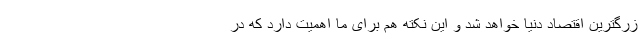
زرگترین اقتصاد دنیا خواهد شد و این نکته هم برای ما اهمیت دارد که در